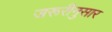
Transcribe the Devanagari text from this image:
जरूरीनुसार